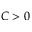
C > 0